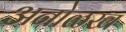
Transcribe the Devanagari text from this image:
अनोळख